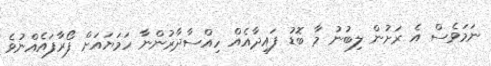
ނަމަވެސް އެ ރަށުން ލިބުނު މާ ބޮޑު ފައިދާއެއް ހިއްސާދާރުންނާ ހަމަޔައަށް ފޯރާފައެއްނުވެ